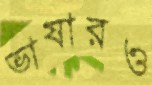
ভাষারও